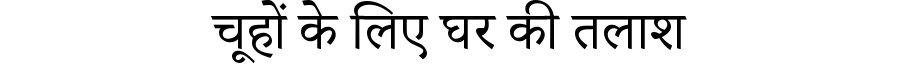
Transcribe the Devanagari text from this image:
चूहों के लिए घर की तलाश